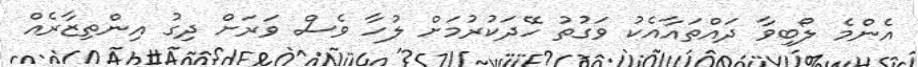
އެންމެ ލޯބިވާ ދައްތައާއެކު ވަގުތު ހޭދަކުރުމަށް ލުހާ ވެސް ވަރަށް ދިގު އިންތިޒާރެއް